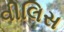
વીલિસ